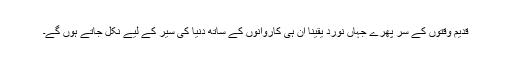
قدیم وقتوں کے سر پھرے جہاں نورد یقینا ان ہی کاروانوں کے ساتھ دنیا کی سیر کے لیے نکل جاتے ہوں گے۔